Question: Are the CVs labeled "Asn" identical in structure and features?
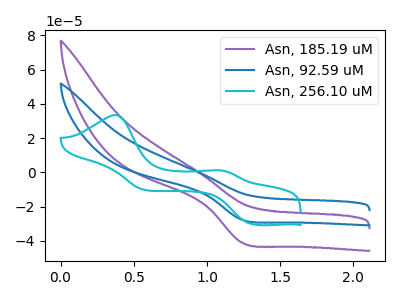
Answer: <think>The purple curve "Asn, 185.19 uM" has a cathodic peak at: (1.25V, -40.90uA). The blue curve "Asn, 92.59 uM" has a cathodic peak at: (1.25V, -27.60uA). The cyan curve "Asn, 256.10 uM" has anodic peaks at (0.35V, 33.50uA) (1.10V, 1.15uA) and cathodic peaks at (1.30V, -30.20uA) (0.55V, -10.30uA).
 All the peaks in "Asn, 185.19 uM" have a peak in "Asn, 92.59 uM" at the same potential. Every peak in "Asn, 185.19 uM" is higher than every peak in "Asn, 92.59 uM". "Asn, 185.19 uM" and "Asn, 256.10 uM" have a different number of peaks. "Asn, 92.59 uM" and "Asn, 256.10 uM" have a different number of peaks.</think>
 <answer>All the CV's of "Asn" have similar shape.</answer>
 <eval>follow_rule</eval>